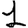
Digit: 1